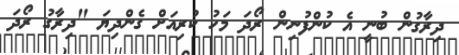
ދިރާގުން ބުނީ އެ ކުންފުނިން ރޯދަ މަހު ކުރިއަށް ގެންދިޔަ "ދިރާގު ރޯދަ